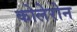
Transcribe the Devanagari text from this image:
कोलेरोन